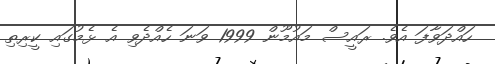
ހައްދަވާފަ އެވެ. ރައީސް މައުމޫން 1999 ވަނަ ހެއްދެވި އެ ޅެމުގައި ކީރިތި